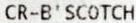
CR-B'SCOTCH